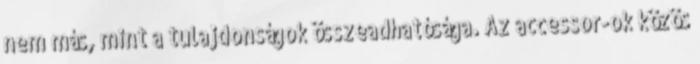
nem más, mint a tulajdonságok összeadhatósága. Az accessor-ok közös